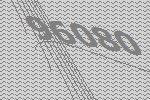
96080